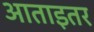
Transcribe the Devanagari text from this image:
आताइतर